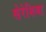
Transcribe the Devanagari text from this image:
सेरेशिया